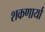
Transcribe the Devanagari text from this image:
शकणार्या